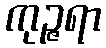
ကုဉ္ဇရာ